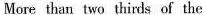
More than two thids of the